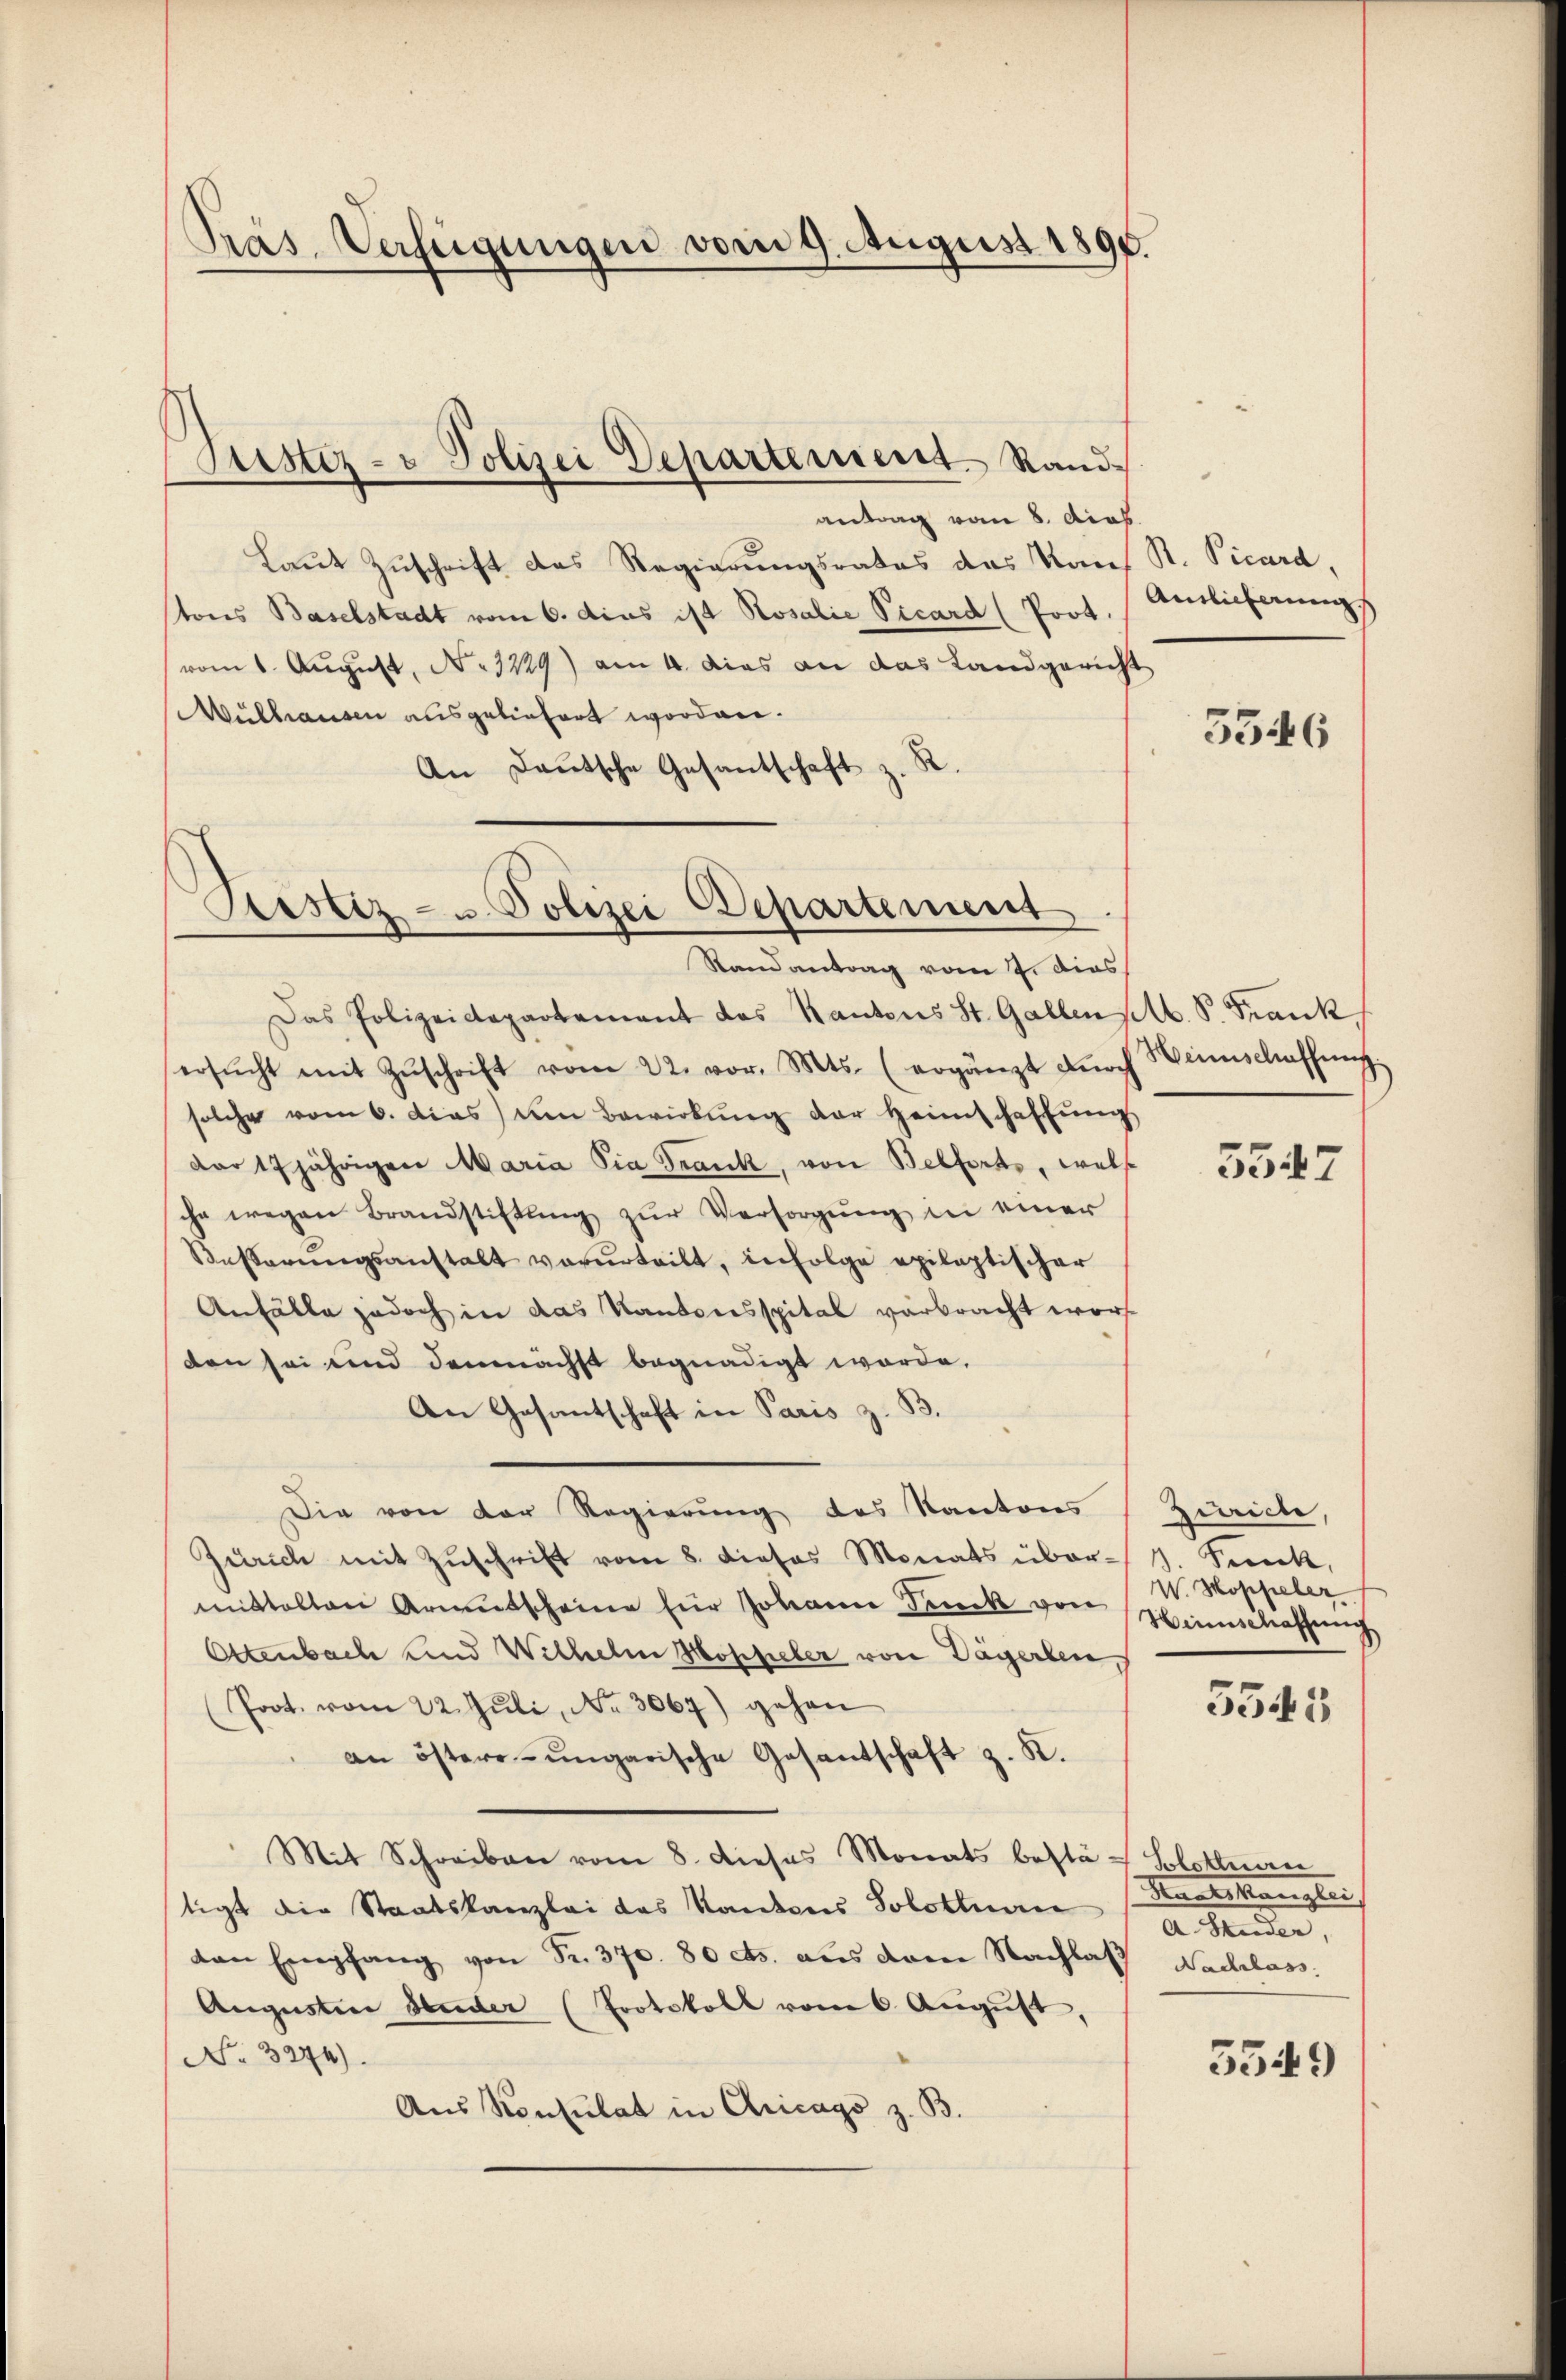
Präs. Verfügungen vom 9. August 1890.

antrag vom 8. dies
Laut Zuschrift das Regierungsrates das Kan
tores Baselstadt vom 6. dies ist Rosalie Vicard (Prot.
vom 1. August, No. 1229) am 4. dies an das Landgericht
Mulhausen ausgeliefert worden.
An Deutsche Gesantschaft z. R.

Justiz- & Polizei Departement. Rand¬

Restiz- u Polizei Departement

Randantrag vom 7. dies
Das Polizeidepartement das Kantons St. Gallen selb. P. Frank
ersŭcht mit Zŭschrift vom 22. vor. Mts. (ergänzt dŭrch Heimschaffung.
solche vom 6. Das am Bewirkung der Heimschaffŭng
dar 17 jährigen Maria Sia Frank, von Belforts, wels
sche wegen Brandstiftung zŭr Versorgung in einer
Besserŭngsanstalt vorurteilt, infolge epileptischer
Anfälle jedoch in das Kantonsspital verbracht worden sei und demnächst begnadigt worde,
An Gesantschaft in Paris z. B.
Die von der Regierung des Kantons
Zürich mit Zŭschrift vom 8. dieses Monats übermittalten Armutscheine für Johann Druck von Hinschaffen
Ottenbach und Wilhelm Hoppeler von Dägerben
Poot. vom 22. Juli, No. 3067) gehen
an östere ungarische Gesantschaft z. K.
Mit Schreiben vom 8. dieses Monats bestä-Blattnau
tigt die Staatskanzlei das Kantons Solothurn
dan Empfang von Sr. 370. 80 cts. aus dem Nachlas Nachlass
Augustier Studer (Protokoll vom 6. Aŭgŭst,
No. 3274)
Aus Konsulat in Cricago z. B.

S. Vicard,
Ainlieferung

5346

5347

Zuricle,
1. Franck,
W. Hoppeler.

5545

Manteilten glei
aenden,

5549